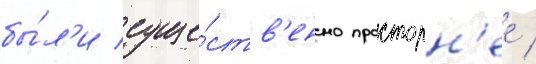
бы́л'и суще́ств'енно просторн'ее /